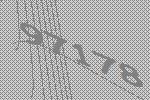
97178